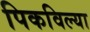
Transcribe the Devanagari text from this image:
पिकविल्या